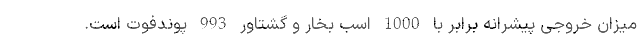
میزان خروجی پیشرانه برابر با 1000 اسب بخار و گشتاور 993 پوندفوت است.